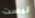
ليست